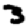
Digit: 3